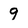
Character: 9